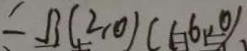
\div = B ( 2 , 0 ) ( 1 6 , 0 )